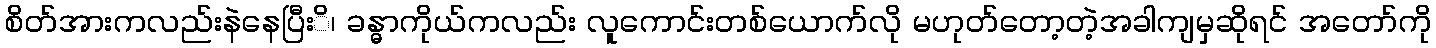
စိတ်အားကလည်းနဲနေပြီးိ၊ ခန္ဓာကိုယ်ကလည်း လူကောင်းတစ်ယောက်လို မဟုတ်တော့တဲ့အခါကျမှဆိုရင် အတော်ကို